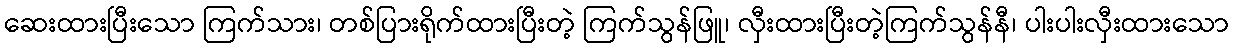
ဆေးထားပြီးသော ကြက်သား၊ တစ်ပြားရိုက်ထားပြီးတဲ့ ကြက်သွန်ဖြူ၊ လှီးထားပြီးတဲ့ကြက်သွန်နီ၊ ပါးပါးလှီးထားသော